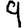
Digit: 9